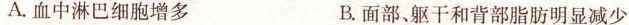
A.血中淋巴细胞增多 B.面部、躯干和背部脂肪明显减少